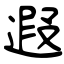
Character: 遐